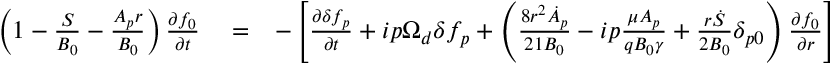
\begin{array} { r l r } { \left( 1 - \frac { S } { B _ { 0 } } - \frac { A _ { p } r } { B _ { 0 } } \right) \frac { \partial f _ { 0 } } { \partial t } } & { { } = } & { - \left[ \frac { \partial \delta f _ { p } } { \partial t } + i p \Omega _ { d } \delta f _ { p } + \left( \frac { 8 r ^ { 2 } \dot { A } _ { p } } { 2 1 B _ { 0 } } - i p \frac { \mu A _ { p } } { q B _ { 0 } \gamma } + \frac { r \dot { S } } { 2 B _ { 0 } } \delta _ { p 0 } \right) \frac { \partial f _ { 0 } } { \partial r } \right] } \end{array}